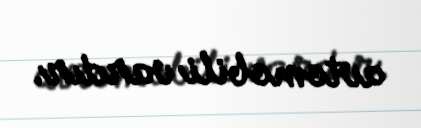
avtomobili vardır.